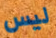
ليس